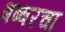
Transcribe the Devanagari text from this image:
बब्बरचा